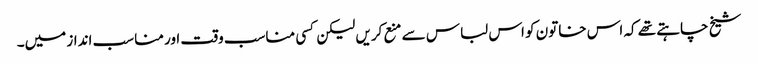
شیخ چاہتے تھے کہ اس خاتون کو اس لباس سے منع کریں لیکن کسی مناسب وقت اور مناسب انداز میں۔